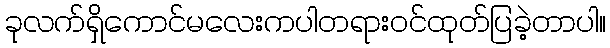
ခုလက်ရှိကောင်မလေးကပါတရားဝင်ထုတ်ပြခဲ့တာပါ။